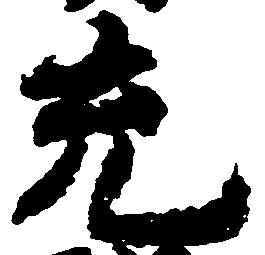
充